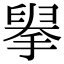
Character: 𦥹